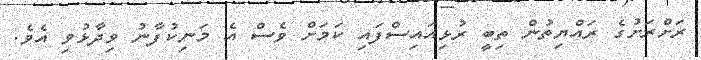
ރަށްރަށުގެ ރައްޔިތުން ތިބީ ރުޅިއައިސްފައި ކަމަށް ވެސް އެ މަނިކުފާނު ވިދާޅުވި އެވެ.